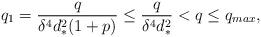
LaTeX: \begin{align*}q_1 = \frac{q}{\delta^4 d_*^2 (1 + p)} \leq \frac{q}{\delta^4 d_*^2} < q \leq q_{max},\end{align*}